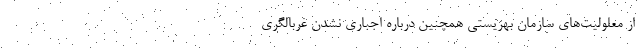
از معلولیت‌های سازمان بهزیستی همچنین درباره اجباری نشدن غربالگری